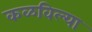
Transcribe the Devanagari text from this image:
कळविल्या